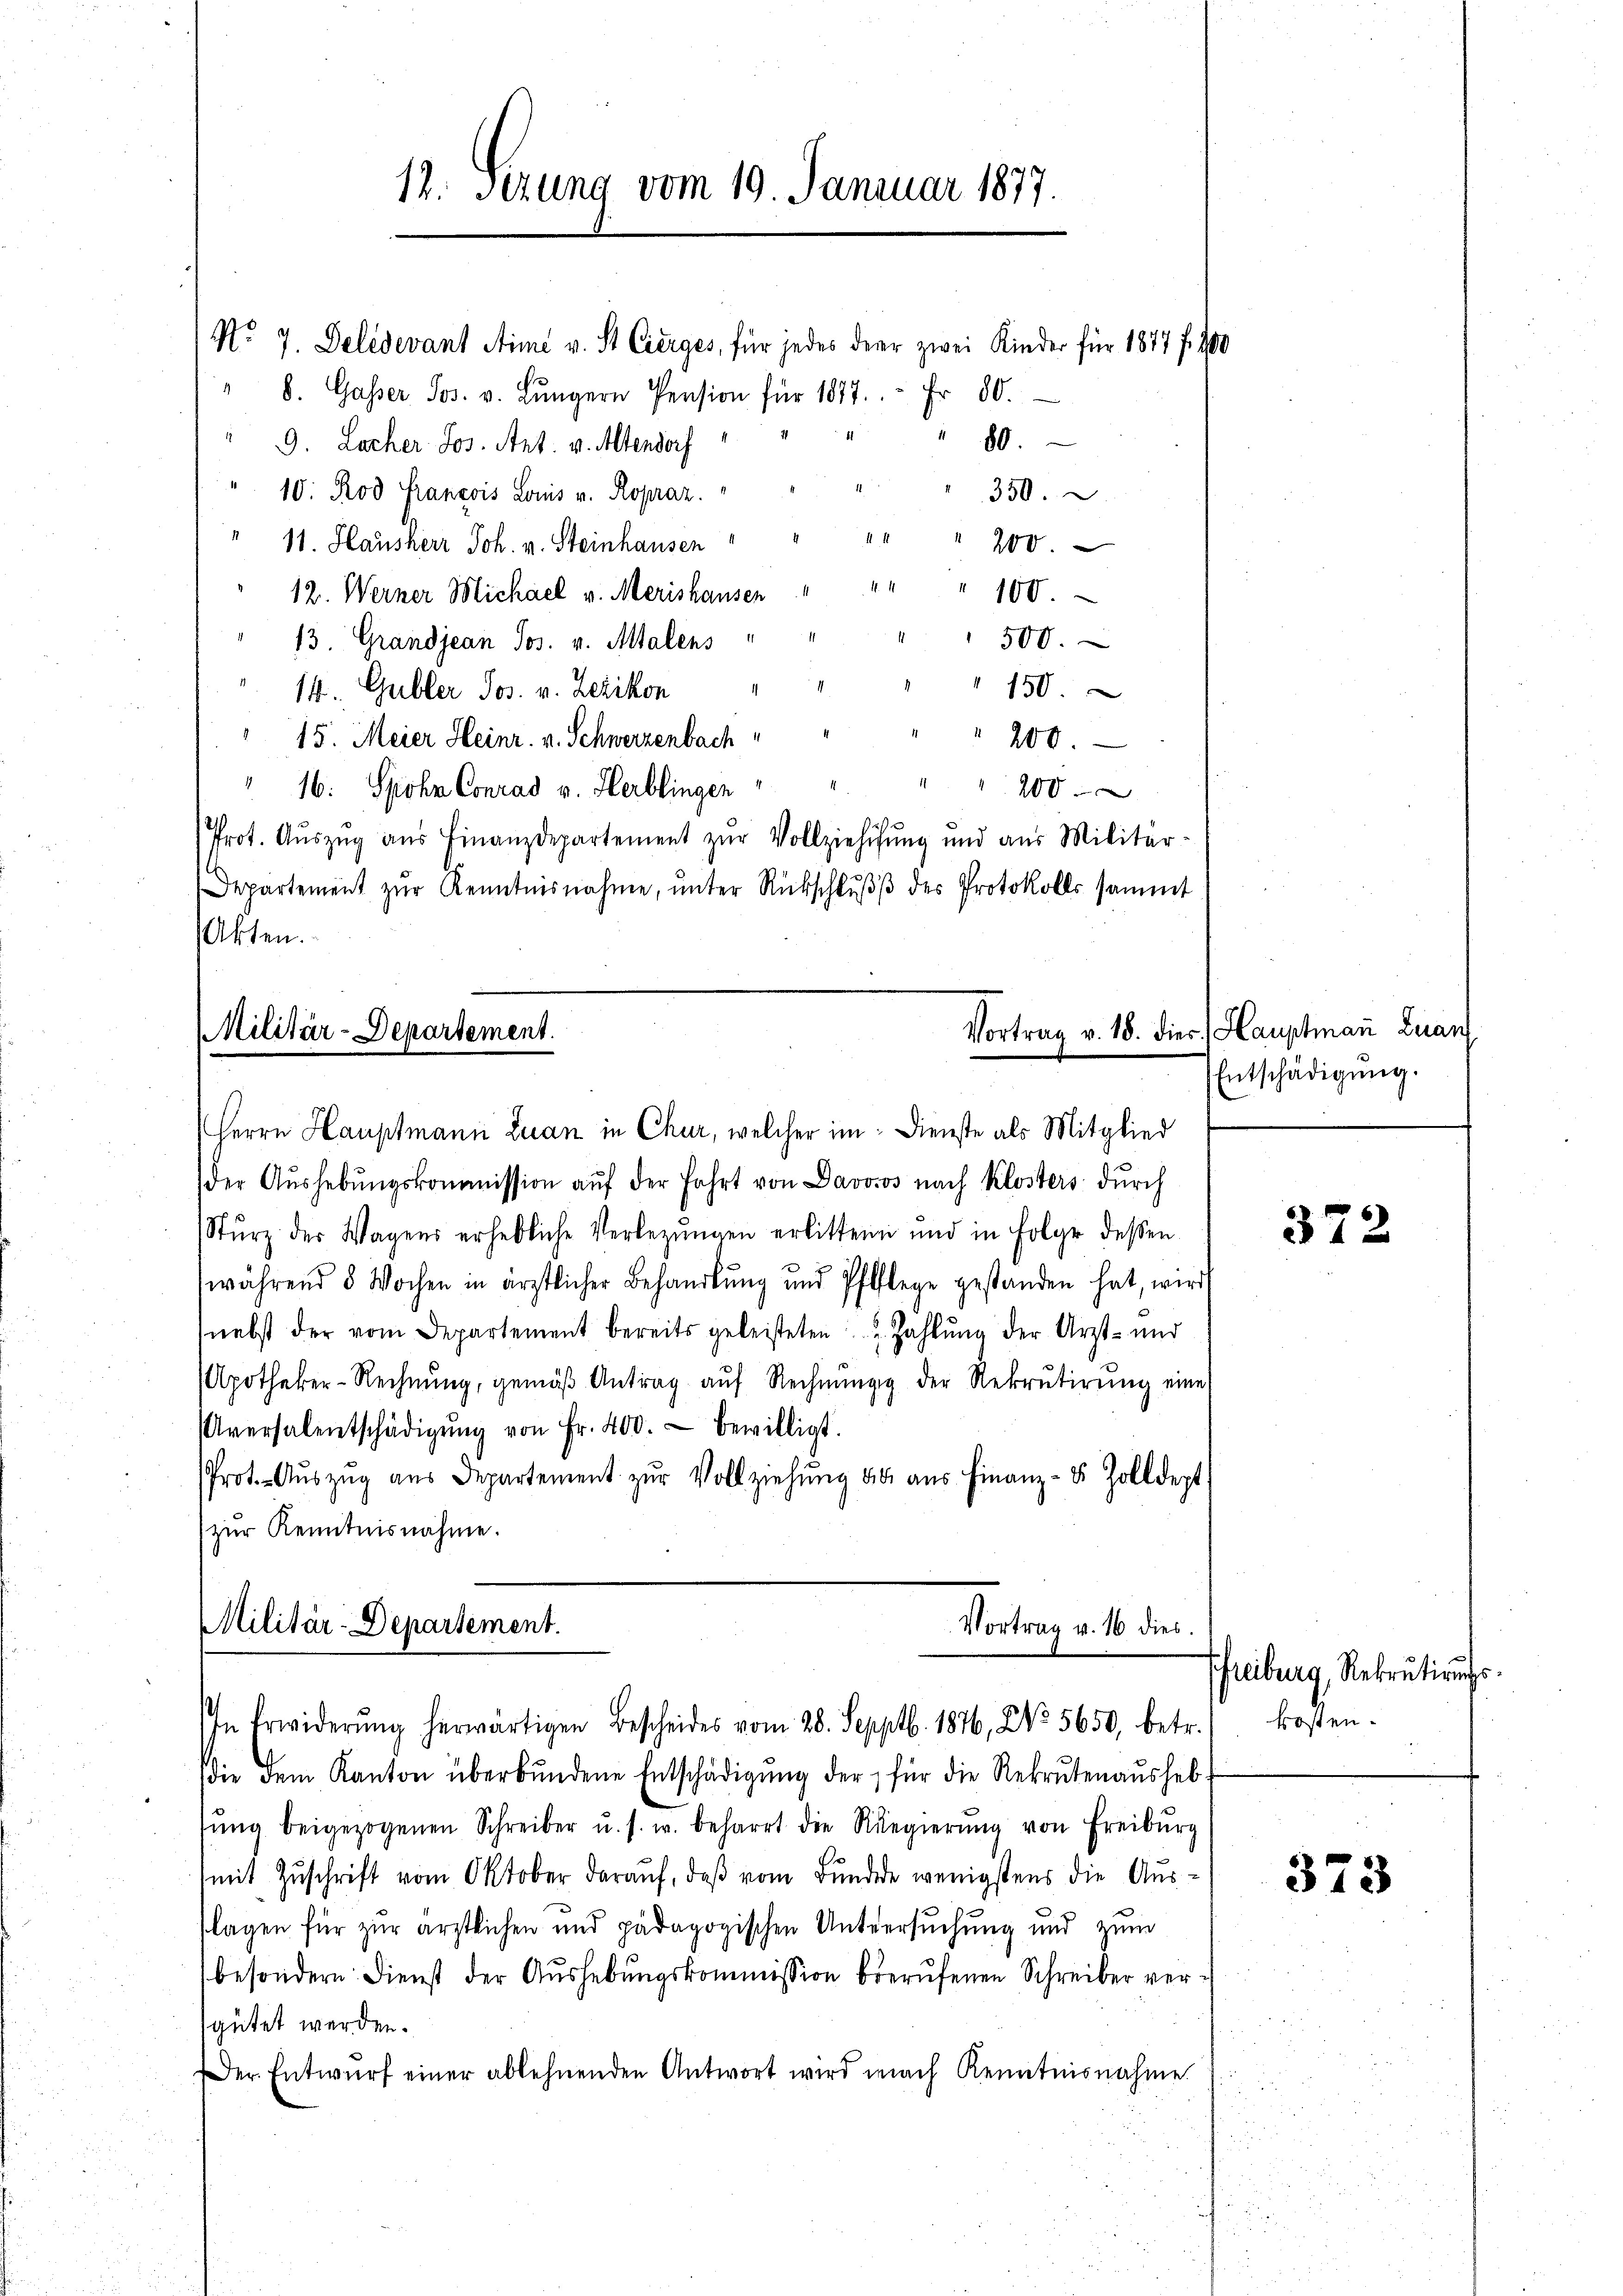
" b. Gasser Jos. v. Lungern Pension für 1877.  Fr. 80.

 80.
" 9. Locher Jos. Art. v. Altendorf
 350.
10. Rod Francois Louis v. Ropraz.
41
11. Hausherr Joh. v. Steinhausen
200.
" " 100.
12. Werner Michael v. Merishausen
500.
13 Grandjean Jos. v. Altalens
150.
14. Gubler Jos. v. Zezikon
15. Meier Heinr. v. Schwerzenbach
200.
" 16: Spohn Conrad v. Herblingen
200
Prot. Aŭszŭg aŭs Finanzdepartement zŭr Vollziehŭng und aus Militär-
Departement zŭr Kenntnisnahme, ŭnter Rückschlŭβ des Protokolls sammt
Akten.

12. Sezung vom 19. Januar 1877.

Militär-Departement.
Herrn Hauptmann Luan in Chur, welcher im Dienste als Mitglied

der Aŭshebŭngskommission aŭf der Fahrt von Davosos nach Klosters dŭrch
Stŭrz der Wagens erhebliche Verlegŭngen erbittern und in Folge dessen
während 8 Wochen in ärztlicher Behandlŭng und Pfeflege gestanden hat, wird
nebst der vom Departement bereits geleisteten u. Zahlŭng der Arzt- und
Apotheker-Rechnŭng, gemäβ Antrag aŭf Rechnŭng der Rekrutirŭng eine
Aversalentschädigŭng von Fr. 400. bewilligt.
Prot. Aŭszŭg aŭs Departement zŭr Vollziehŭng des aŭs Finanz- & Zolldept.
zŭr Kenntnisnahme.

No. 7. Deledevant Aime v. St. Cierges, für jedes derer zwei Kinder für 1877 f. 400

Militär-Departement.
Vortrag v. 16 dies
In Erwiderŭng herwärtigen Bescheides vom 28. Sepptb. 1876, No. 5650, betr.

(die dem Kanton überbŭndene Entschädigŭng der für die Rekrutenaŭsheb-
rŭng beigezogenen Schreiber u. s. w. beharrt die Regierŭng von Freiburg
mit Zŭschrift vom Oktober daraŭf, daβ vom Bŭndede wenigstens die Ausflagen für zur ärztlichen und pädagogischen Untersuchung und zum
besondern: Dienst der Aushebungskommission berufenen Schreiber vergütet werden.
Der Entwŭrf einer ablehnenden Antwort wird nach Kenntnisnahme

Vortrag v. 18. dies Hauptman̅ Zuan
Entschädigung.

372

freiburg, Rekrutirungskosten.

373